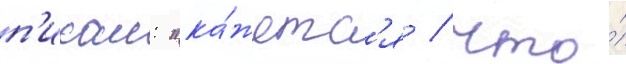
п'исал: "ка́жетс'я / что́